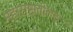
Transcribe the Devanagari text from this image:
महाराष्ट्रातीलट्र